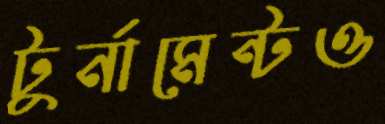
টুর্নামেন্টও